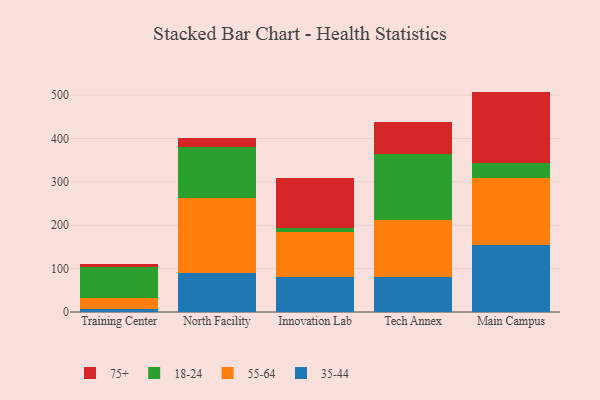
{"axis": {"x": "Campus", "y": "Temperature (°C)"}, "legend": ["18-24", "35-44", "55-64", "75+"], "data": [{"x": "Training Center", "y": 7.8, "type": "35-44"}, {"x": "Training Center", "y": 23.6, "type": "55-64"}, {"x": "Training Center", "y": 72.4, "type": "18-24"}, {"x": "Training Center", "y": 7.4, "type": "75+"}, {"x": "North Facility", "y": 89.8, "type": "35-44"}, {"x": "North Facility", "y": 173.9, "type": "55-64"}, {"x": "North Facility", "y": 117.6, "type": "18-24"}, {"x": "North Facility", "y": 19.3, "type": "75+"}, {"x": "Innovation Lab", "y": 79.6, "type": "35-44"}, {"x": "Innovation Lab", "y": 104.3, "type": "55-64"}, {"x": "Innovation Lab", "y": 9.9, "type": "18-24"}, {"x": "Innovation Lab", "y": 115.4, "type": "75+"}, {"x": "Tech Annex", "y": 80.9, "type": "35-44"}, {"x": "Tech Annex", "y": 130.8, "type": "55-64"}, {"x": "Tech Annex", "y": 152.8, "type": "18-24"}, {"x": "Tech Annex", "y": 73.9, "type": "75+"}, {"x": "Main Campus", "y": 155.1, "type": "35-44"}, {"x": "Main Campus", "y": 152.8, "type": "55-64"}, {"x": "Main Campus", "y": 34.7, "type": "18-24"}, {"x": "Main Campus", "y": 165.5, "type": "75+"}]}